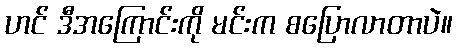
ဟင် ဒီအကြောင်းကို မင်းက စပြောလာတာပဲ။